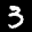
Label: 3